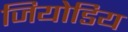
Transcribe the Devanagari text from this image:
जियोडिय